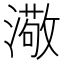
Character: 𤀂